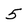
Character: 5